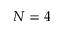
N = 4